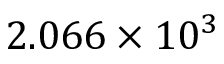
2 . 0 6 6 \times 1 0 ^ { 3 }